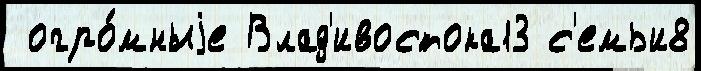
 огро́мныjе Влад'ивостока13 с'емьи8